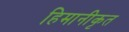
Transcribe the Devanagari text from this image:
हिमानीकृत